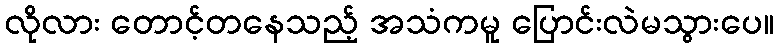
လိုလား တောင့်တနေသည့် အသံကမူ ပြောင်းလဲမသွားပေ။